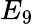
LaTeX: E_{9}